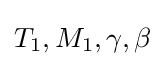
T_{1},M_{1},\gamma ,\beta